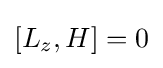
[L_{z},H]=0